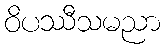
ဝိပဿီသမညာ